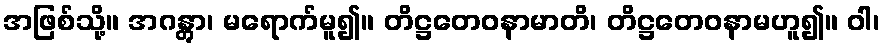
အဖြစ်သို့။ အဂန္တွာ၊ မရောက်မူ၍။ တိဋ္ဌတေဝနာမာတိ၊ တိဋ္ဌတေဝနာမဟူ၍။ ဝါ၊